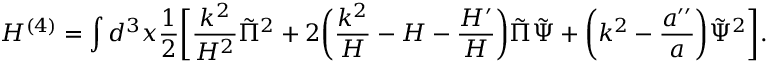
H ^ { ( 4 ) } = \int d ^ { 3 } x \frac { 1 } { 2 } \biggl [ \frac { k ^ { 2 } } { { \cal H } ^ { 2 } } \tilde { \Pi } ^ { 2 } + 2 \biggl ( \frac { k ^ { 2 } } { \cal H } - { \cal H } - \frac { { \cal H } ^ { \prime } } { { \cal H } } \biggr ) \tilde { \Pi } \tilde { \Psi } + \biggl ( k ^ { 2 } - \frac { a ^ { \prime \prime } } { a } \biggr ) \tilde { \Psi } ^ { 2 } \biggr ] .